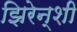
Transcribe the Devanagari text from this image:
झिरेन्शी